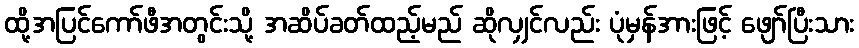
ထို့အပြင်ကော်ဖီအတွင်းသို့ အဆိပ်ခတ်ထည့်မည် ဆိုလျှင်လည်း ပုံမှန်အားဖြင့် ဖျော်ပြီးသား